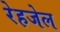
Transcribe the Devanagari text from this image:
रेहजेल